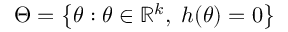
\Theta = \left\{ \theta : \theta \in \mathbb { R } ^ { k } , \; h ( \theta ) = 0 \right\}